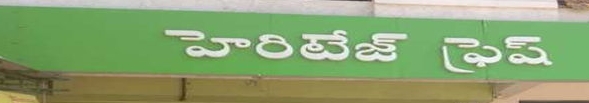
Language: telugu
Transcription: హెరిటేజ్ ఫ్రెష్